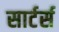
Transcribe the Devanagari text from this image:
सार्टर्स